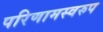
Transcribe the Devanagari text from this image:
परिणामस्‍वरुप